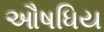
ઔષધિય